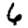
Digit: 6